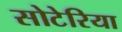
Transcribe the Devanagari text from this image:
सोटेरिया